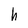
Character: h